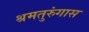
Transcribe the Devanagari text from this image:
श्रमतुरुंगास